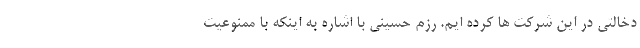
دخالتی در این شرکت ها کرده ایم. رزم حسینی با اشاره به اینکه با ممنوعیت